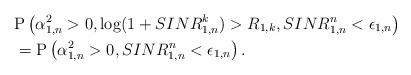
LaTeX: \begin{align*}&\mathrm{P}\left(\alpha_{1,n}^2 >0,\log(1+SINR^k_{1,n})>R_{1,k},SINR^n_{1,n}<\epsilon_{1,n}\right)\\ &=\mathrm{P}\left(\alpha_{1,n}^2 >0, SINR^n_{1,n}<\epsilon_{1,n}\right).\end{align*}